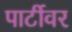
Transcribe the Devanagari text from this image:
पार्टीवर